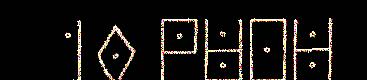
10 PUOH